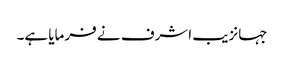
جہانزیب اشرف نے فرمایا ہے۔